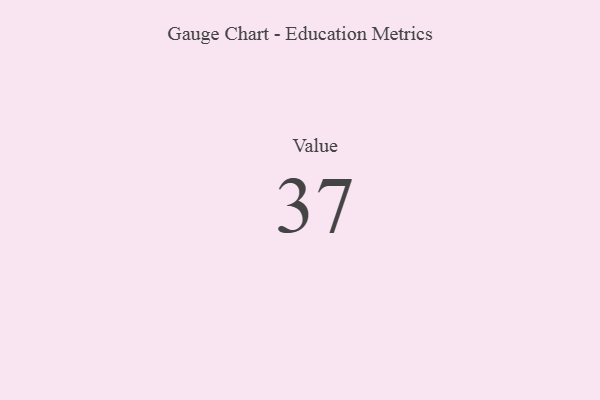
{"axis": {"x": "Metric", "y": "Value"}, "legend": [""], "data": [{"x": "Value", "y": 37, "type": ""}]}